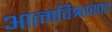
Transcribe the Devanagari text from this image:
आत्मविश्वासात